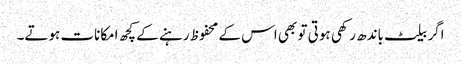
اگر بیلٹ باندھ رکھی ہوتی تو بھی اس کے محفوظ رہنے کے کچھ امکانات ہوتے۔